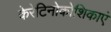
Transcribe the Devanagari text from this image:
केरेटिनोकोशिकाएं